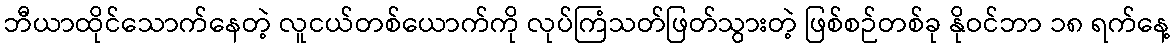
ဘီယာထိုင်သောက်နေတဲ့ လူငယ်တစ်ယောက်ကို လုပ်ကြံသတ်ဖြတ်သွားတဲ့ ဖြစ်စဉ်တစ်ခု နိုဝင်ဘာ ၁၈ ရက်နေ့